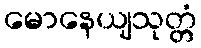
မောနေယျသုတ္တံ